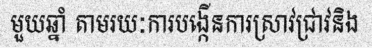
មួយឆ្នាំ តាមរយៈការបង្កើនការស្រាវជ្រាវនិង